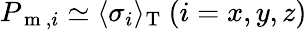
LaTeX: P_{\mathrm{~m~},i}\simeq\langle\sigma_{i}\rangle_{\mathrm{T}}~(i=x,y,z)